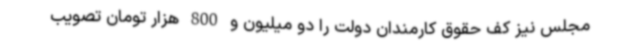
مجلس نیز کف حقوق کارمندان دولت را دو میلیون و 800 هزار تومان تصویب